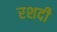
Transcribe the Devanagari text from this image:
रशदी